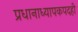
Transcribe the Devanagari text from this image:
प्रधानाध्यापकपदही